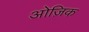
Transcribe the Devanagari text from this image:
ओज़िक